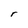
Character: r